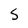
Character: S